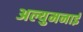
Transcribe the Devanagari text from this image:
अल्युमनाई